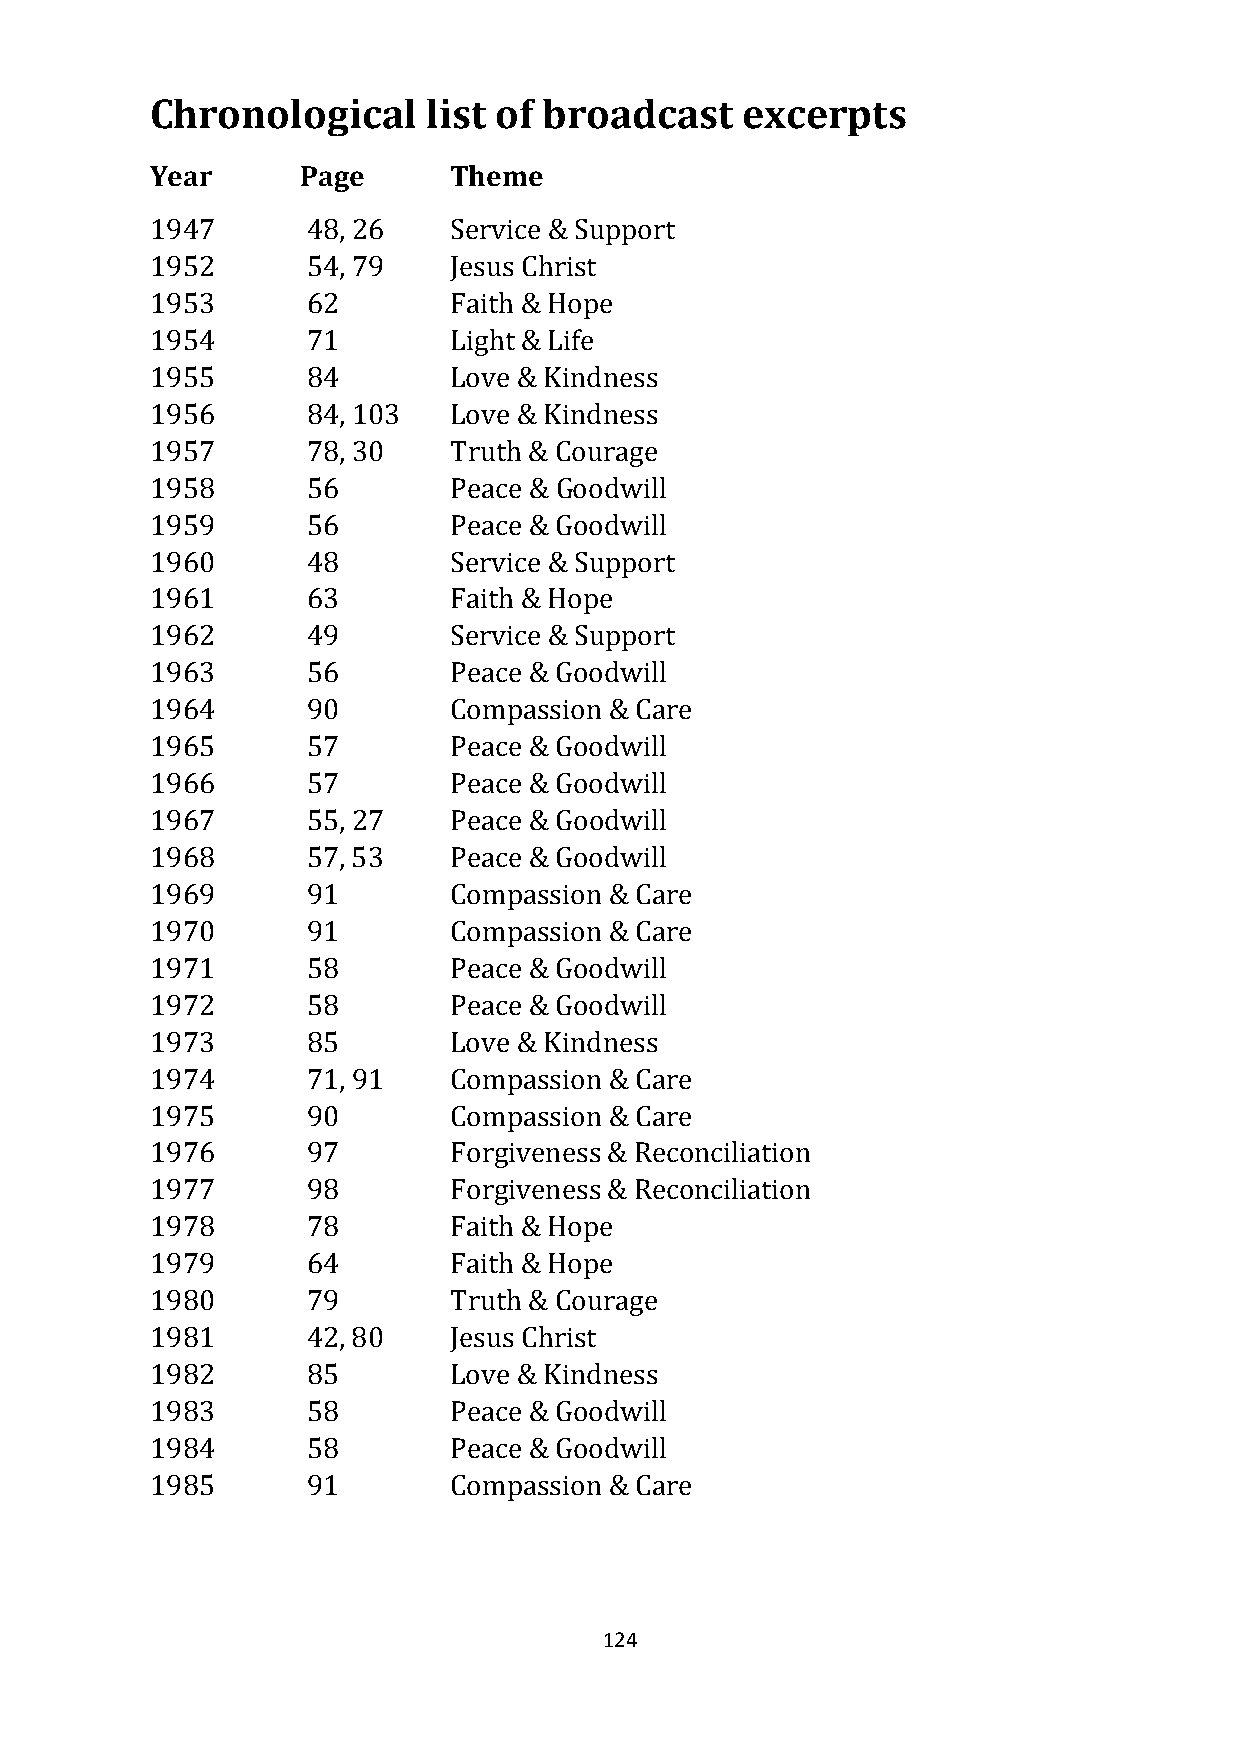
Chronological     list of broadcast    excerpts
 Year      Page      Theme
 1947      48, 26    Service & Support
 1952      54, 79    Jesus Christ
 1953      62        Faith & Hope
 1954      71        Light & Life
 1955      84        Love & Kindness
 1956      84, 103   Love & Kindness
 1957      78, 30    Truth & Courage
 1958      56        Peace & Goodwill
 1959      56        Peace & Goodwill
 1960      48        Service & Support
 1961      63        Faith & Hope
 1962      49        Service & Support
 1963      56        Peace & Goodwill
 1964      90        Compassion & Care
 1965      57        Peace & Goodwill
 1966      57        Peace & Goodwill
 1967      55, 27    Peace & Goodwill
 1968      57, 53    Peace & Goodwill
 1969      91        Compassion & Care
 1970      91        Compassion & Care
 1971      58        Peace & Goodwill
 1972      58        Peace & Goodwill
 1973      85        Love & Kindness
 1974      71, 91    Compassion & Care
 1975      90        Compassion & Care
 1976      97        Forgiveness & Reconciliation
 1977      98        Forgiveness & Reconciliation
 1978      78        Faith & Hope
 1979      64        Faith & Hope
 1980      79        Truth & Courage
 1981      42, 80    Jesus Christ
 1982      85        Love & Kindness
 1983      58        Peace & Goodwill
 1984      58        Peace & Goodwill
 1985      91        Compassion & Care
 124